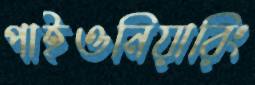
পাইওনিয়ারিং